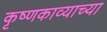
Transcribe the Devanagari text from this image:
कृष्णकाव्याच्या